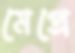
মেপ্রে